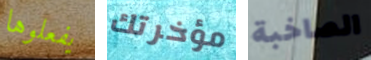
يفعلوها مؤخرتك الصاخبة